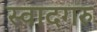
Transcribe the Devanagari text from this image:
स्वादगरु